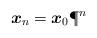
LaTeX: \begin{align*} \mbox{\boldmath $x$}_n = \mbox{\boldmath $x$}_0\P^n \end{align*}